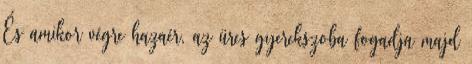
És amikor végre hazaér, az üres gyerekszoba fogadja majd